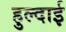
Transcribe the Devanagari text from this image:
हुल्दाई